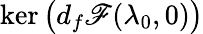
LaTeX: \ker\big(d_{f}\mathscr{F}(\lambda_{0},0)\big)